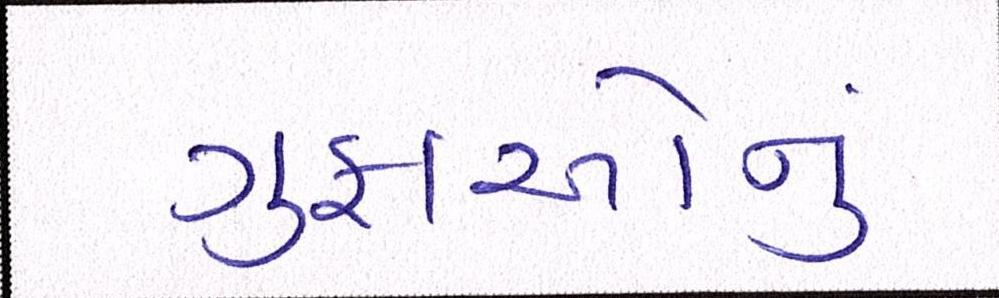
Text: ગુફાઓનું